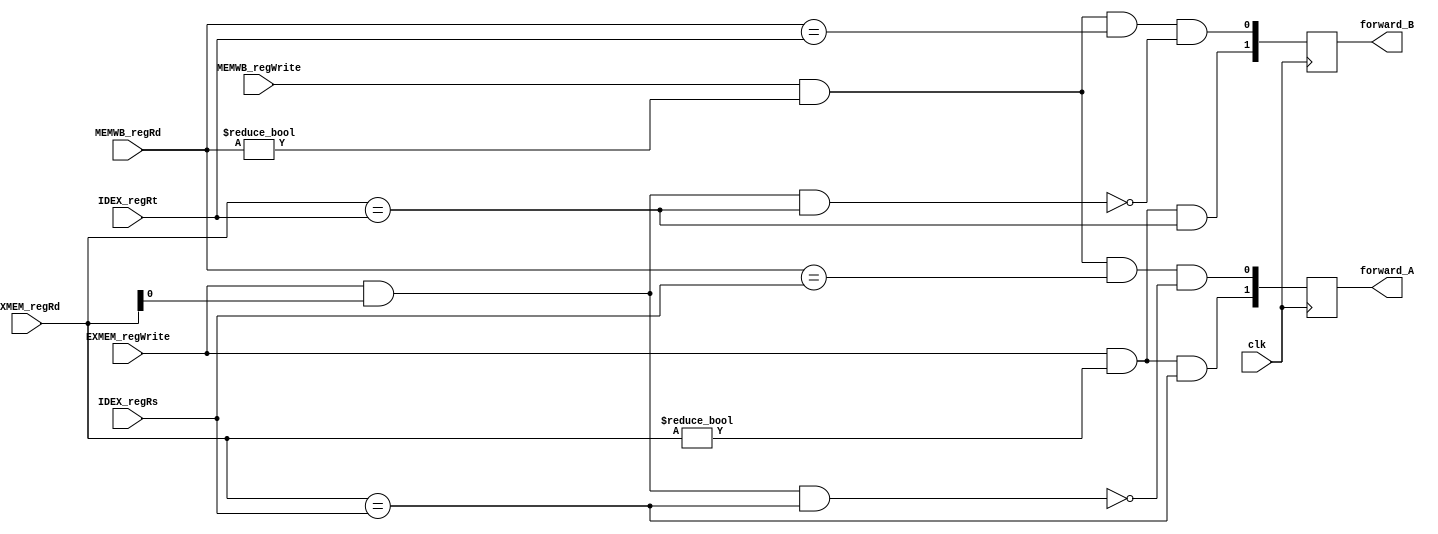
`timescale 1ns / 1ps

module R_forward(forward_A, forward_B, EXMEM_regWrite, MEMWB_regWrite, EXMEM_regRd, MEMWB_regRd, IDEX_regRs, IDEX_regRt, clk);
	input 	                EXMEM_regWrite, 	                MEMWB_regWrite,     clk;
	input 	[4:0] 			EXMEM_regRd, 	MEMWB_regRd, 		IDEX_regRs, 		IDEX_regRt;
	output 	[1:0] 			forward_A, 		forward_B;
	reg 	[1:0] 			forward_A, 		forward_B;
	
	initial begin
		forward_A = 0;
		forward_B = 0;
	end

	always @(negedge clk) begin
        // 1 & 2 hazard
        forward_A[1] = EXMEM_regWrite & (EXMEM_regRd != 0) & (EXMEM_regRd == IDEX_regRs);
        forward_B[1] = EXMEM_regWrite & (EXMEM_regRd != 0) & (EXMEM_regRd == IDEX_regRt);
        
        // 1 & 3 hazard (need to make sure no 1 & 2 hazard)
        forward_A[0] = MEMWB_regWrite & (MEMWB_regRd != 0) & (MEMWB_regRd == IDEX_regRs) & (~(EXMEM_regWrite & EXMEM_regRd & (EXMEM_regRd == IDEX_regRs)));
        forward_B[0] = MEMWB_regWrite & (MEMWB_regRd != 0) & (MEMWB_regRd == IDEX_regRt) & (~(EXMEM_regWrite & EXMEM_regRd & (EXMEM_regRd == IDEX_regRt)));
	end

endmodule